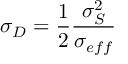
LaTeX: \sigma _ { D } = \frac { 1 } { 2 } \frac { \sigma _ { S } ^ { 2 } } { \sigma _ { e f f } }